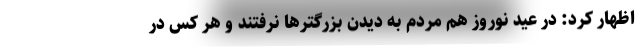
اظهار کرد: در عید نوروز هم مردم به دیدن بزرگترها نرفتند و هر کس در